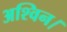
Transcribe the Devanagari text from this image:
अश्विन।